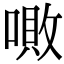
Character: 𠼚